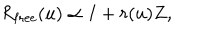
R _ { \mathrm { f r e e } } ( u ) \propto I + r ( u ) Z ,